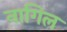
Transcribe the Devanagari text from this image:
नागिल